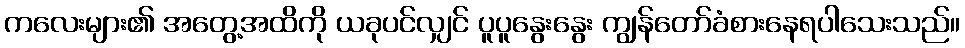
ကလေးများ၏ အတွေ့အထိကို ယခုပင်လျှင် ပူပူနွေးနွေး ကျွန်တော်ခံစားနေရပါသေးသည်။